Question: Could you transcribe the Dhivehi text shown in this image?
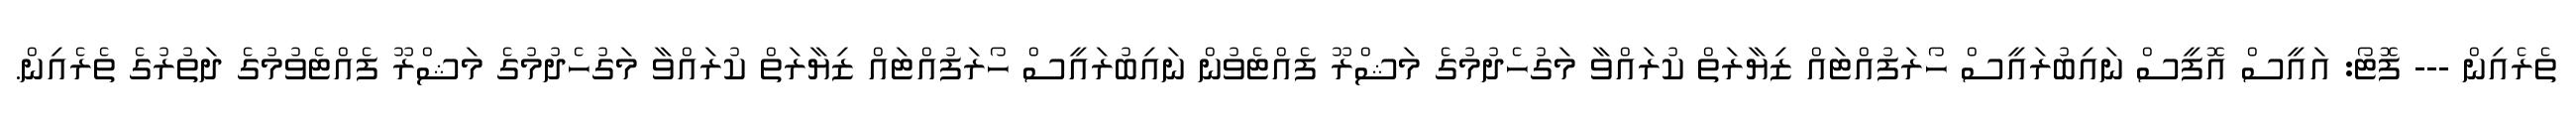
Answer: ތެރެއިން --- ފޮޓޯ: އައީސް އޮފީސް ނައިބުރައީސް ހޯރަފުއްޓައް ޒިޔާރަތް ކުރައްވާ މަގުހެދުމުގެ މަޝްރޫ ފެއްޓެވުން ނައިބުރައީސް ހޯރަފުއްޓައް ޒިޔާރަތް ކުރައްވާ މަގުހެދުމުގެ މަޝްރޫ ފެއްޓެވުމުގެ ދަތުރުގެ ތެރެއިން.